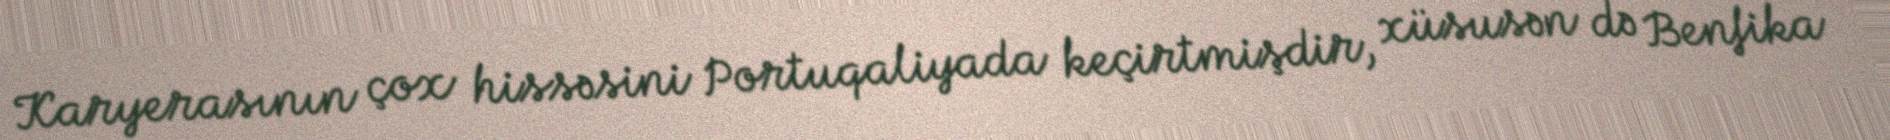
Karyerasının çox hissəsini Portuqaliyada keçirtmişdir, xüsusən də Benfika